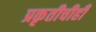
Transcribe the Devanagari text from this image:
प्रकृतीचीही